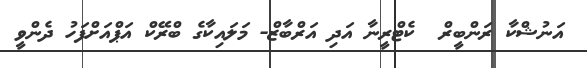
އަނުޝްކާ ރަންބީރް  ކެޓްރީނާ އަދި އަރްބާޒް- މަލައިކާގެ ބްރޭކް އަޕްއަށްފަހު ދެންވީ